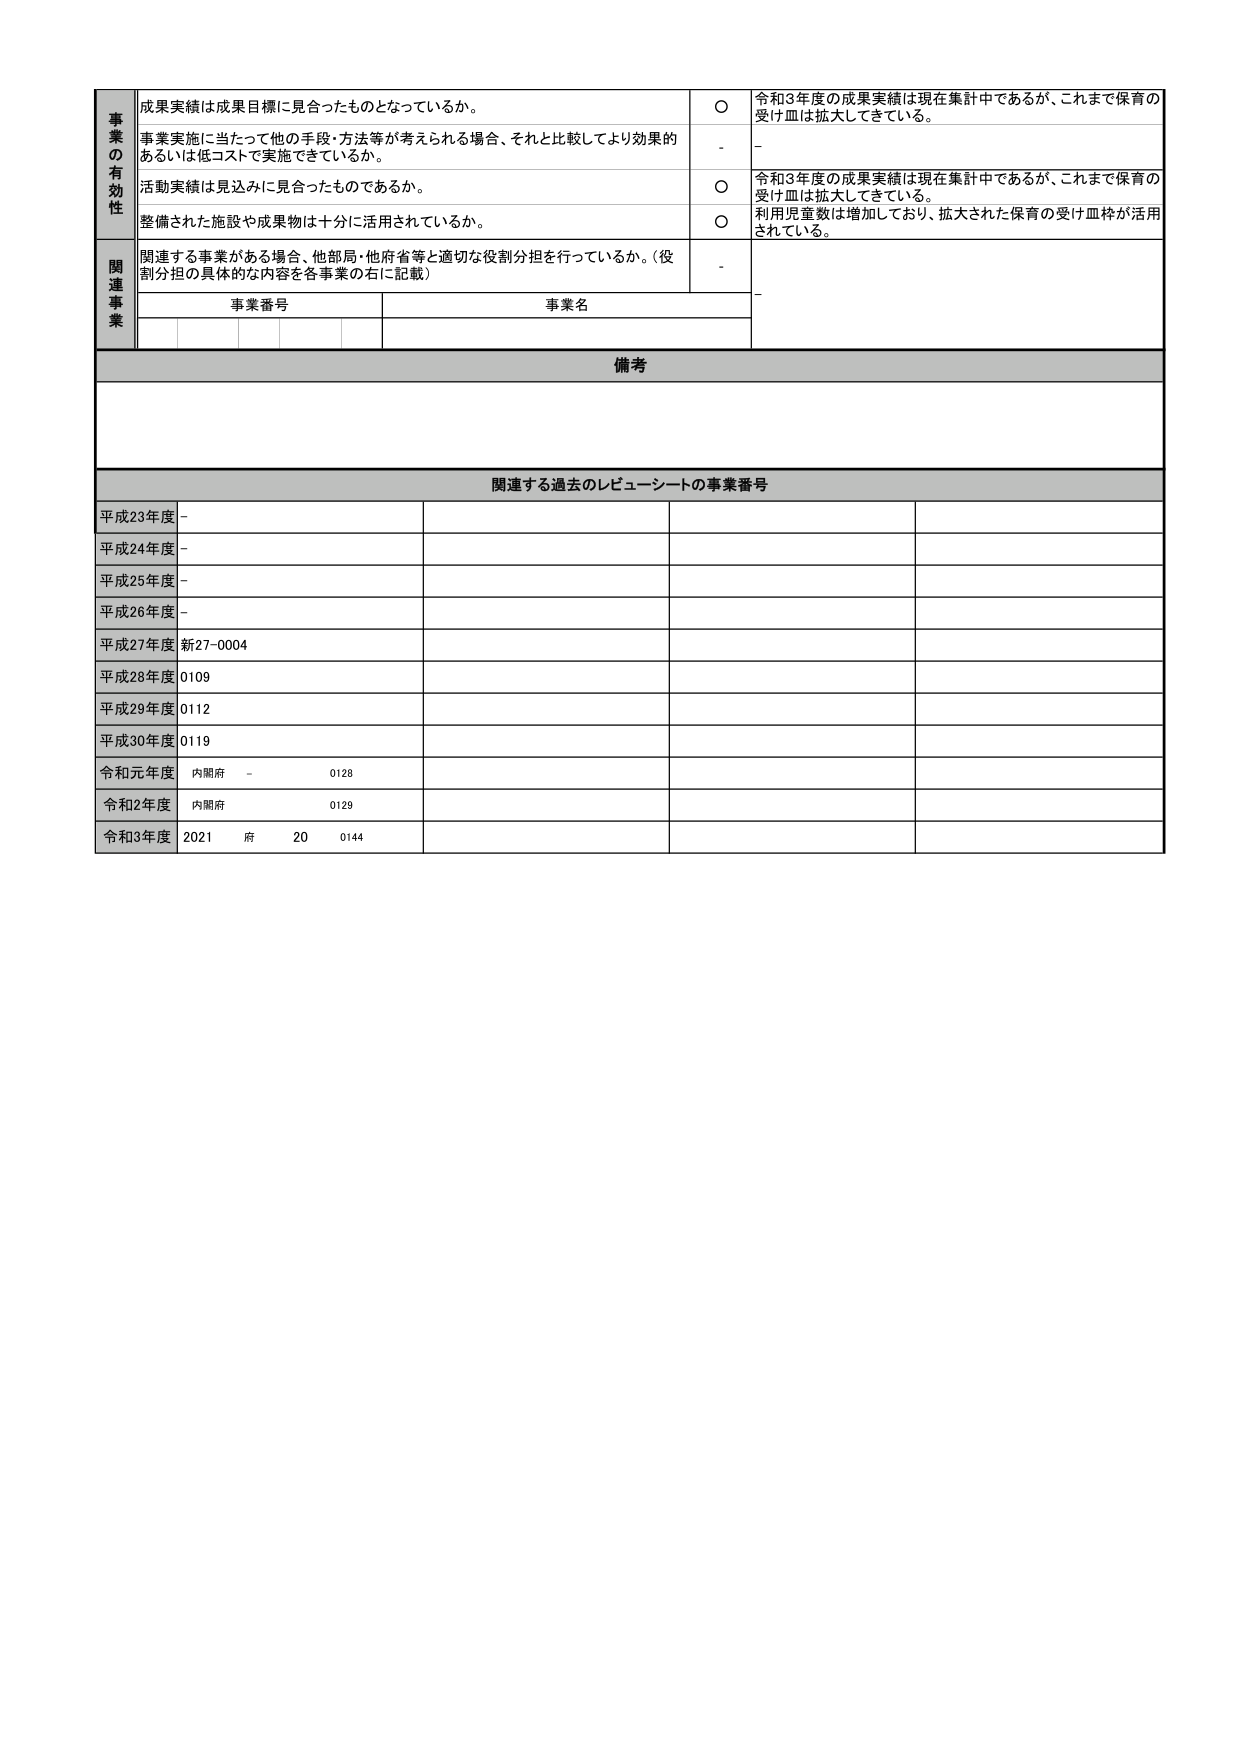
事業の有効性
成果実績は成果目標に見合ったものとなっているか。
〇
令和3年度の成果実績は現在集計中であるが、これまで保育の受け皿は拡大してきている。
事業実施に当たって他の手段・方法等が考えられる場合、それと比較してより効果的あるいは低コストで実施できているか。
-
-
活動実績は見込みに見合ったものであるか。
〇
令和3年度の成果実績は現在集計中であるが、これまで保育の受け皿は拡大してきている。
整備された施設や成果物は十分に活用されているか。
〇
利用児童数は増加しており、拡大された保育の受け皿枠が活用されている。
関連事業
関連する事業がある場合、他部局・他府省等と適切な役割分担を行っているか。（役割分担の具体的な内容を各事業の右に記載）
-
事業番号
事業名
備考
関連する過去のレビューーシートの事業番号
平成23年度
-
平成24年度
-
平成25年度
-
平成26年度
-
平成27年度
新27-0004
平成28年度
0109
平成29年度
0112
平成30年度
0119
令和元年度
内閣府
-
0128
令和2年度
内閣府
0129
令和3年度
2021
府
20
0144